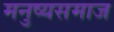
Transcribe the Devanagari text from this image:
मनुष्यसमाज